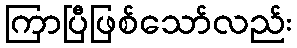
ကြာပြီဖြစ်သော်လည်း